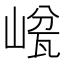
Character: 𡺜